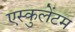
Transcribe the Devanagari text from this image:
एस्कुलेंटम